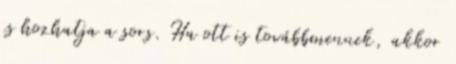
is hozhatja a sors. Ha ott is továbbmennek, akkor